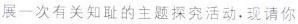
展一次有关知耻的主题探究活动，现请你